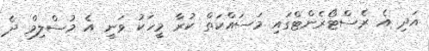
އަދި އެ ރެސްޓޯރެންޓްގައި މަސައްކަތް ކުރާ މީހަކު ވަނީ އެ މުސްލިމް ދެ